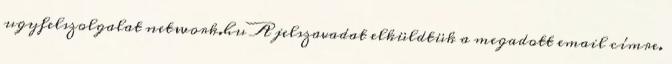
ugyfelszolgalat network.hu A jelszavadat elküldtük a megadott email címre.